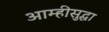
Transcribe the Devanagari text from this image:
आम्हीसुद्धा